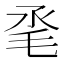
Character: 𣬻